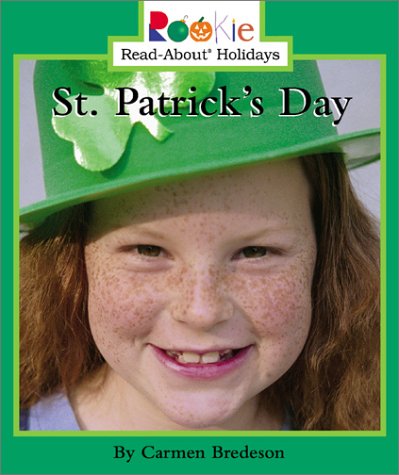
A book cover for St. Patrick's Day (Rookie Read-About Holidays); Carmen Bredeson; Children's Books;